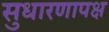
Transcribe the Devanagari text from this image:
सुधारणापक्ष